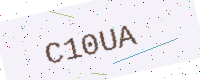
Text: C10UA